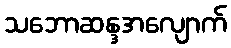
သဘောဆန္ဒအလျောက်